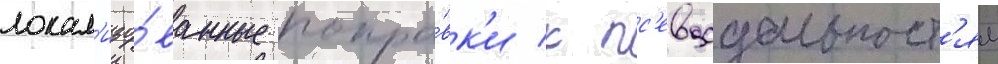
локал'изо́ванные попра́вк'и к пс'евдодальност'ям